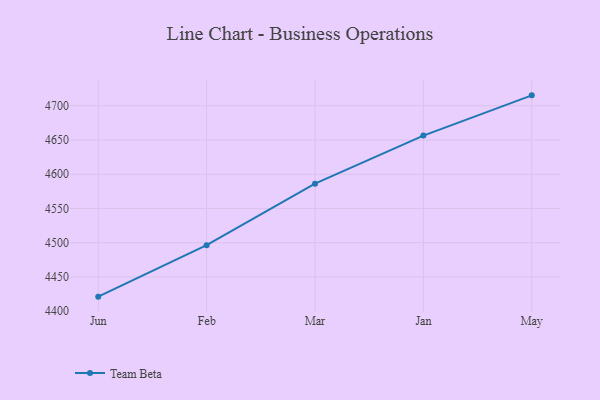
{"axis": {"x": "Month", "y": "Satisfaction Score"}, "legend": ["Team Beta"], "data": [{"x": "Jun", "y": 4421.3, "type": "Team Beta"}, {"x": "Feb", "y": 4496.4, "type": "Team Beta"}, {"x": "Mar", "y": 4586.3, "type": "Team Beta"}, {"x": "Jan", "y": 4656.4, "type": "Team Beta"}, {"x": "May", "y": 4715.2, "type": "Team Beta"}]}